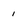
Character: l